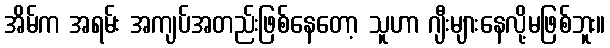
အိမ်က အရမ်း အကျပ်အတည်းဖြစ်နေတော့ သူဟာ ဂျီးများနေလို့မဖြစ်ဘူး။